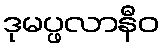
ဒုမပ္ဖလာနီဝ